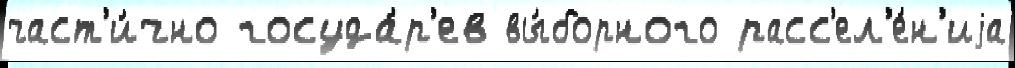
част'и́чно госуда́р'ев вы́борного расс'ел'е́н'иjа